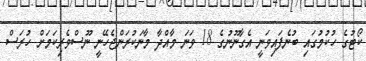
ކޯޓުގެ ހުކުމުގައި ބުނެފައިވަނީ އެގާނޫނުގެ 18 ވަނަ މާއްދާ މާނަކުރަންޖެހޭނީ ނޫސްވެރިކަމަށް ހުރަސް